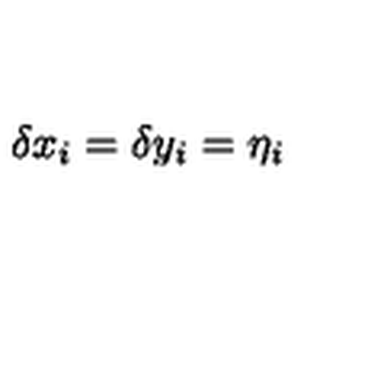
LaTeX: \delta x _ { i } = \delta y _ { i } = \eta _ { i }